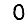
Digit: 0